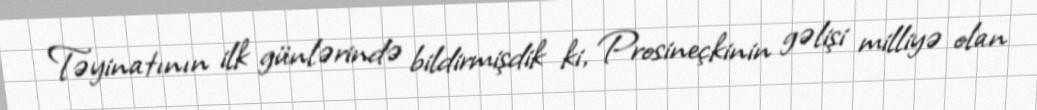
Təyinatının ilk günlərində bildirmişdik ki, Prosineçkinin gəlişi milliyə olan